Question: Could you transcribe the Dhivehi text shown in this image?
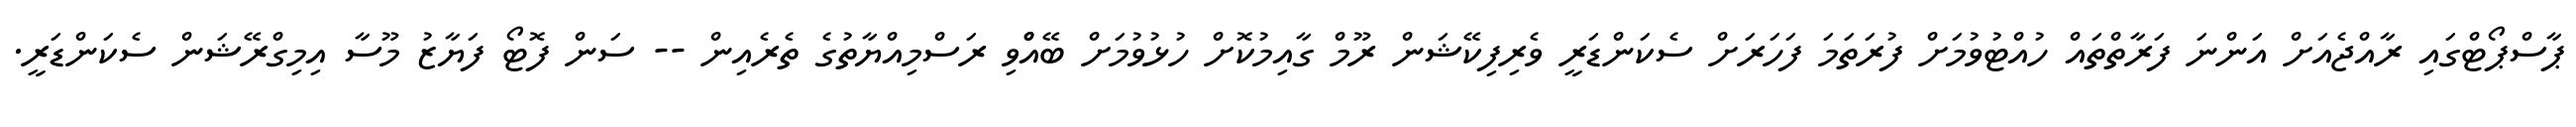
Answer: ޕާސްޕޯޓްގައި ރާއްޖެއަށް އަންނަ ފަރާތްތައް ހުއްޓުވުމަށް ފުރަތަމަ ފަހަރަށް ސެކަންޑަރީ ވެރިފިކޭޝަން ރޫމް ގާއިމުކޮށް ހުޅުވުމަށް ބޭއްްވި ރަސްމިއްޔާތުގެ ތެރެއިން -- ސަން ފޮޓޯ ފަޔާޒު މޫސާ އިމިގްރޭޝަން ސެކަންޑަރީ.